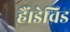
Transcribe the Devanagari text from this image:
हैं।डेविड